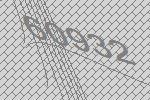
60932